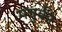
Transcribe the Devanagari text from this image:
मचुकी